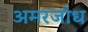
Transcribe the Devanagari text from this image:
अमरजोध